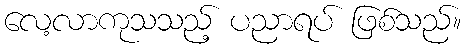
လေ့လာကုသသည့် ပညာရပ် ဖြစ်သည်။